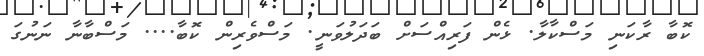
ކޮބާ ރާކަނި މަސްކާލާ. ޅެން ފަރިއްސަށް ބަދަލުވަނީ. މަސްވެރިން ކޮބާ.... މަސްބާނާ ނަނުގަ